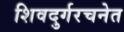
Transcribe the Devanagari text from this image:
शिवदुर्गरचनेत